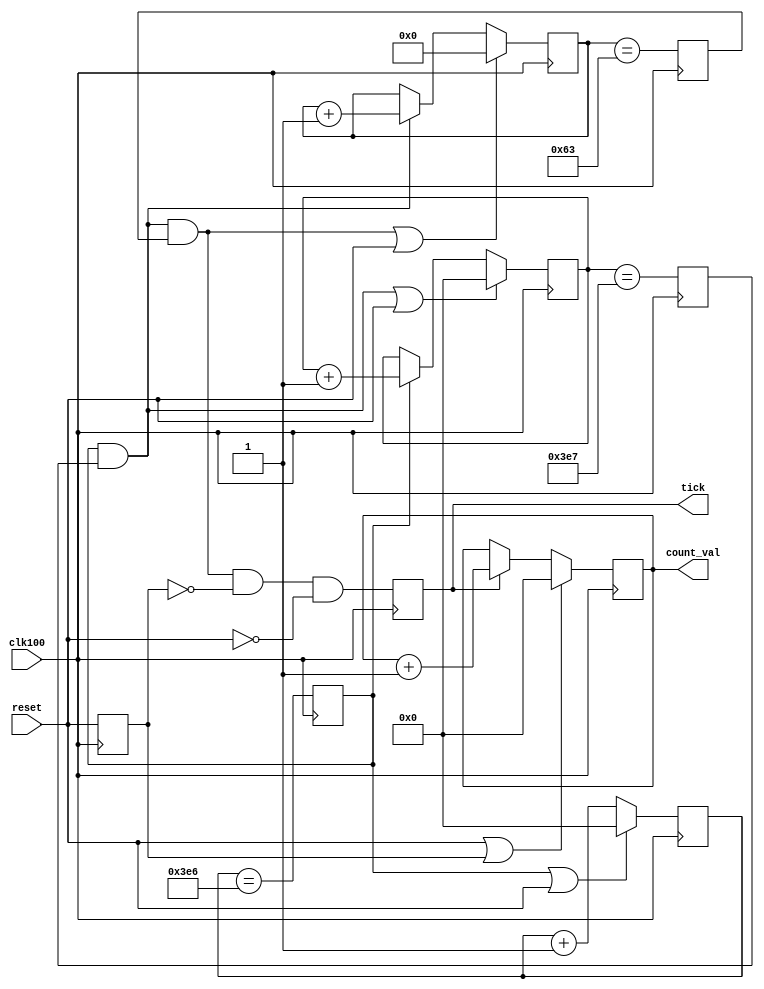
module seconds_counter (clk100,reset,count_val,tick);

parameter WIDTH = 10;

input clk100,reset;
output [WIDTH-1:0] count_val;
output tick;

// divide by 1000
reg [9:0] div_one;
reg div_one_max;

always @(posedge clk100) begin
	div_one_max <= (div_one == 10'd998);
	if (div_one_max | reset) div_one <= 10'd0;
	else div_one <= div_one + 1'b1;
end

// divide by 1000
reg [9:0] div_two;
reg div_two_max;

always @(posedge clk100) begin
	div_two_max <= (div_two == 10'd999);
	if ((div_one_max & div_two_max) | reset) div_two <= 10'd0;
	else if (div_one_max) div_two <= div_two + 1'b1;	
end

// divide by 100
reg [6:0] div_three;
reg div_three_max;

always @(posedge clk100) begin
	div_three_max <= (div_three == 7'd99);
	if ((div_one_max & div_two_max & div_three_max) | reset) div_three <= 10'd0;
	else if (div_one_max & div_two_max) div_three <= div_three + 1'b1;		
end

// tally seconds
reg tick, reset_pending;
reg [WIDTH-1:0] count_val;
always @(posedge clk100) begin
	reset_pending <= reset;
	tick <= div_one_max & div_two_max & div_three_max & !reset_pending & !reset;
	
	if (reset | reset_pending) begin
		count_val <= 0;
	end
	else if (tick) begin
		count_val <= count_val + 1'b1;
	end
end

endmodule